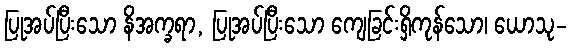
ပြုအပ်ပြီးသော နိအက္ခရာ, ပြုအပ်ပြီးသော ကျေခြင်းရှိကုန်သော၊ ယောသု-